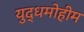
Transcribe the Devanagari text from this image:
युद्धमोहीम